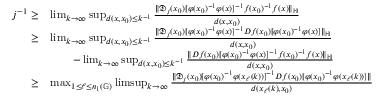
\begin{array} { r l } { j ^ { - 1 } \geq } & { \operatorname* { l i m } _ { k \to \infty } \operatorname* { s u p } _ { d ( x , x _ { 0 } ) \leq k ^ { - 1 } } \frac { \lVert \mathfrak { D } _ { j } ( x _ { 0 } ) [ \varphi ( x _ { 0 } ) ^ { - 1 } \varphi ( x ) ] ^ { - 1 } f ( x _ { 0 } ) ^ { - 1 } f ( x ) \rVert _ { \mathbb { H } } } { d ( x , x _ { 0 } ) } } \\ { \geq } & { \operatorname* { l i m } _ { k \to \infty } \operatorname* { s u p } _ { d ( x , x _ { 0 } ) \leq k ^ { - 1 } } \frac { \lVert \mathfrak { D } _ { j } ( x _ { 0 } ) [ \varphi ( x _ { 0 } ) ^ { - 1 } \varphi ( x ) ] ^ { - 1 } D f ( x _ { 0 } ) [ \varphi ( x _ { 0 } ) ^ { - 1 } \varphi ( x ) ] \rVert _ { \mathbb H } } { d ( x , x _ { 0 } ) } } \\ & { \qquad - \operatorname* { l i m } _ { k \to \infty } \operatorname* { s u p } _ { d ( x , x _ { 0 } ) \leq k ^ { - 1 } } \frac { \lVert D f ( x _ { 0 } ) [ \varphi ( x _ { 0 } ) ^ { - 1 } \varphi ( x ) ] ^ { - 1 } f ( x _ { 0 } ) ^ { - 1 } f ( x ) \rVert _ { \mathbb { H } } } { d ( x , x _ { 0 } ) } } \\ { \geq } & { \operatorname* { m a x } _ { 1 \leq \ell \leq n _ { 1 } ( \mathbb { G } ) } \operatorname* { l i m s u p } _ { k \to \infty } \frac { \lVert \mathfrak { D } _ { j } ( x _ { 0 } ) [ \varphi ( x _ { 0 } ) ^ { - 1 } \varphi ( x _ { \ell } ( k ) ) ] ^ { - 1 } D f ( x _ { 0 } ) [ \varphi ( x _ { 0 } ) ^ { - 1 } \varphi ( x _ { \ell } ( k ) ) ] \rVert } { d ( x _ { \ell } ( k ) , x _ { 0 } ) } } \end{array}